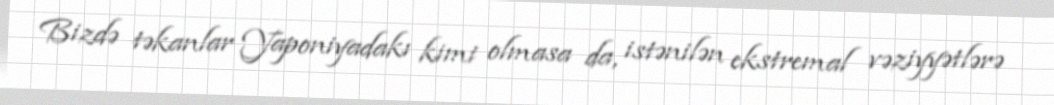
Bizdə təkanlar Yaponiyadakı kimi olmasa da, istənilən ekstremal vəziyyətlərə